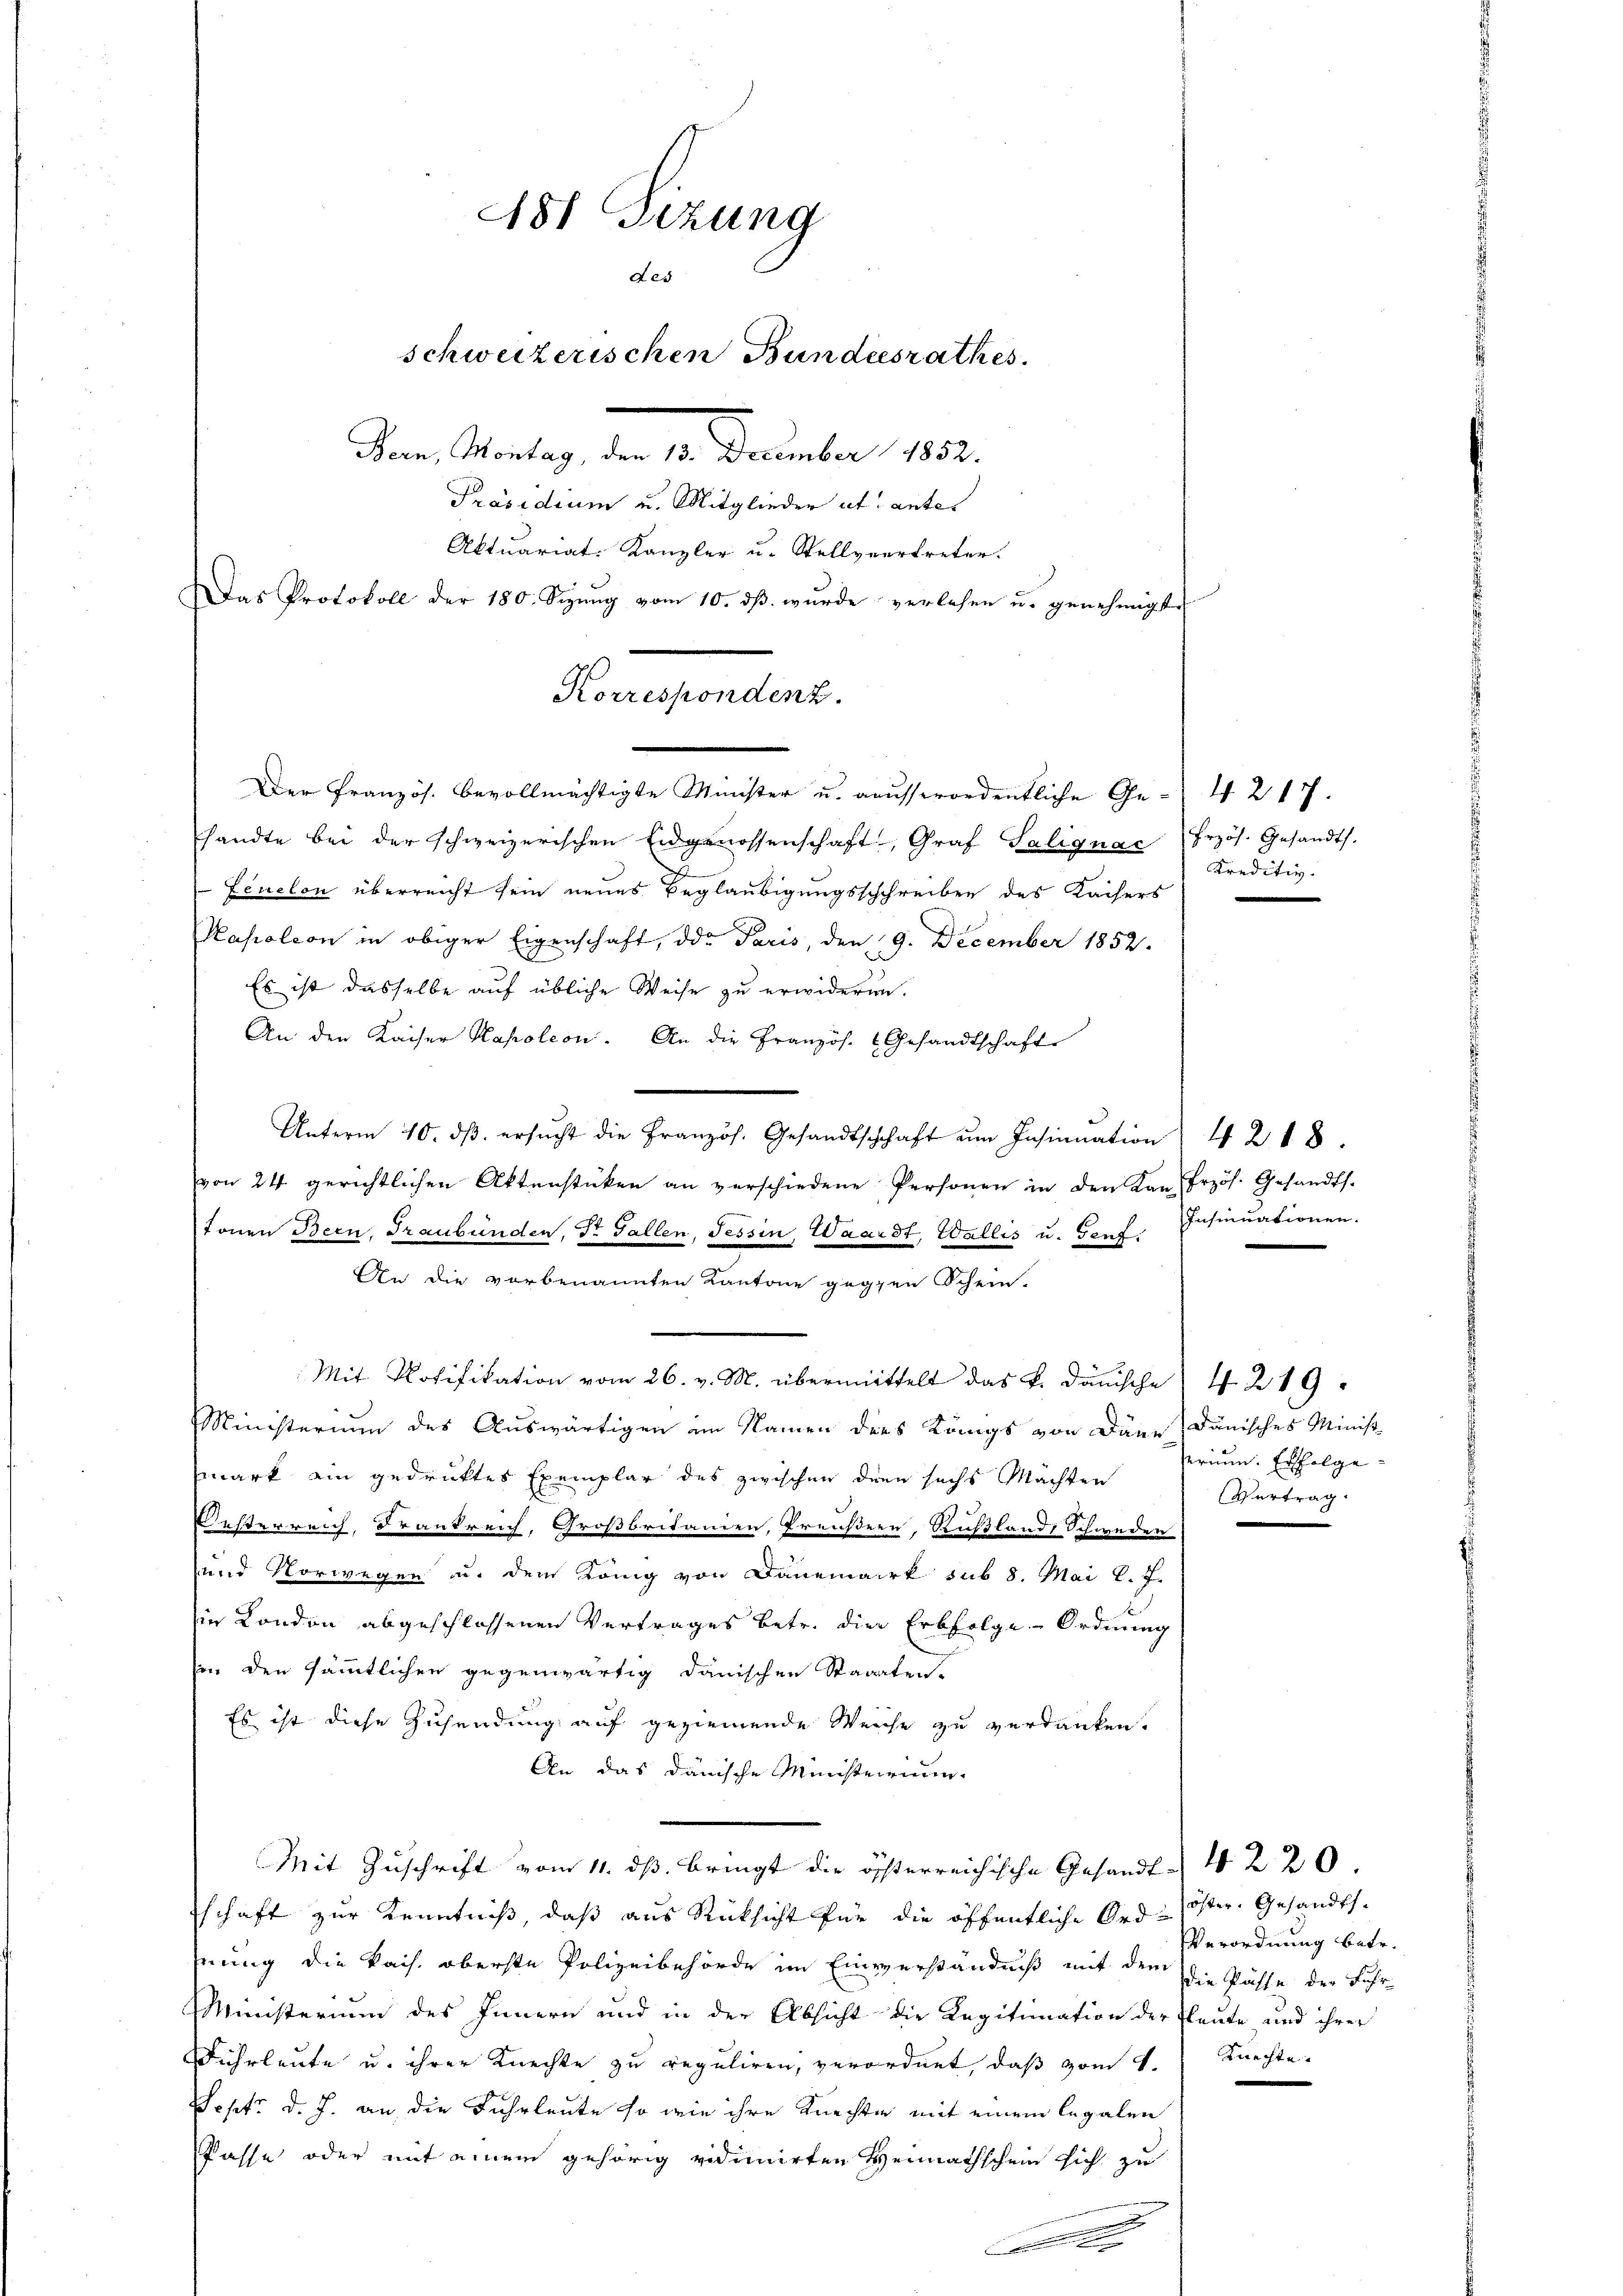
181 Sizung
des
schweizerischen Bundesrathes.
San Montag, dem 10. December 1892.
Präsidium u. Mitglieder et antes
Aktuariat-Kanzler u. Stellvertreter.
Das Protokoll der 180. Sizŭng vom 10. dβ. wurde verlesen u. genehmigt.

Korrespondenz.
Der Pranzös. bevollmächtigte Minister u. ausserordentliche Ge- I 217.

sandte bei der schweizerischen Eidgenossenschaft, Graf Salignac frzös. Gesandts.
Lcuelon überreicht sein neues Beglaubigungsschchreiben des Kaisers
Kapoleon in obiger Eigenschaft, die Paris, den 19. December 1852.
Es ist dasselbe auf übliche Weise zu erwideren.
An den Kaiser Kapoleon. An die Französ. Gesandtschaft
Unterm 10. dβ ersŭcht die Französ. Gesandtschaft ŭm Insinuation 42 18
von 24. gerichtlichen Aktenstücken an verschiedene Personen in den Kan frzös. Gesandts.
tonen Bern, Graubünden, Sr. Fallen, Tessin, Waardt, Wallis u. Genf. Insinuationen.
An die vorbenannten Kantone gegen Schein-
Mit Notifikation vom 26. v. M. übermittelt das k. Dänische 4 219
Ministerium des Auswärtigen im Namen ders Königs von Däne) Dänisches Minist
mark ein gedruktes Exemplar des zwischen drei sechs Mächten Prium. Erfolge-
Oesterreich, Frankreich, Großbritanien, Preußern, Rußland, Schweden
und Vorwegen u. dem König von Danemark sub 8. Mai l. J.
sie London abgeschlossenen Vertrages betr. die Erbfolge Ordnung
in den sämmtlichen gegenwärtig danischen Staaaten.
Es ist diese Zusendung auf geziemende Weiche zu verdanken.
An das dänische Ministerium
Mit Zuschrift vom 11. ds. bringt die österreichische Gesandt-42 20
schaft zur Kenntniß, daß aus Rücksicht für die öffentliche Ord-öster. Gesandtsnung die kais. oberste Polizeibehörde im Einverständniß mit dem die Pässe der Fuhr¬
Ministerium des Innern und in der Absicht die Legitimation der fleute und ihrer
Fuhrleute u. ihrer Knechte zu reguliren, verordnet, daß vom 1. Knechte.
Sept. d. J. an die Fuhrleute so wie ihre Knechte mit einem legalen
Pässe oder mit einem gehörig vidimirten Heimathschein sich zu
A

Kreditiv.

Vertrag.

Verordnung betr.